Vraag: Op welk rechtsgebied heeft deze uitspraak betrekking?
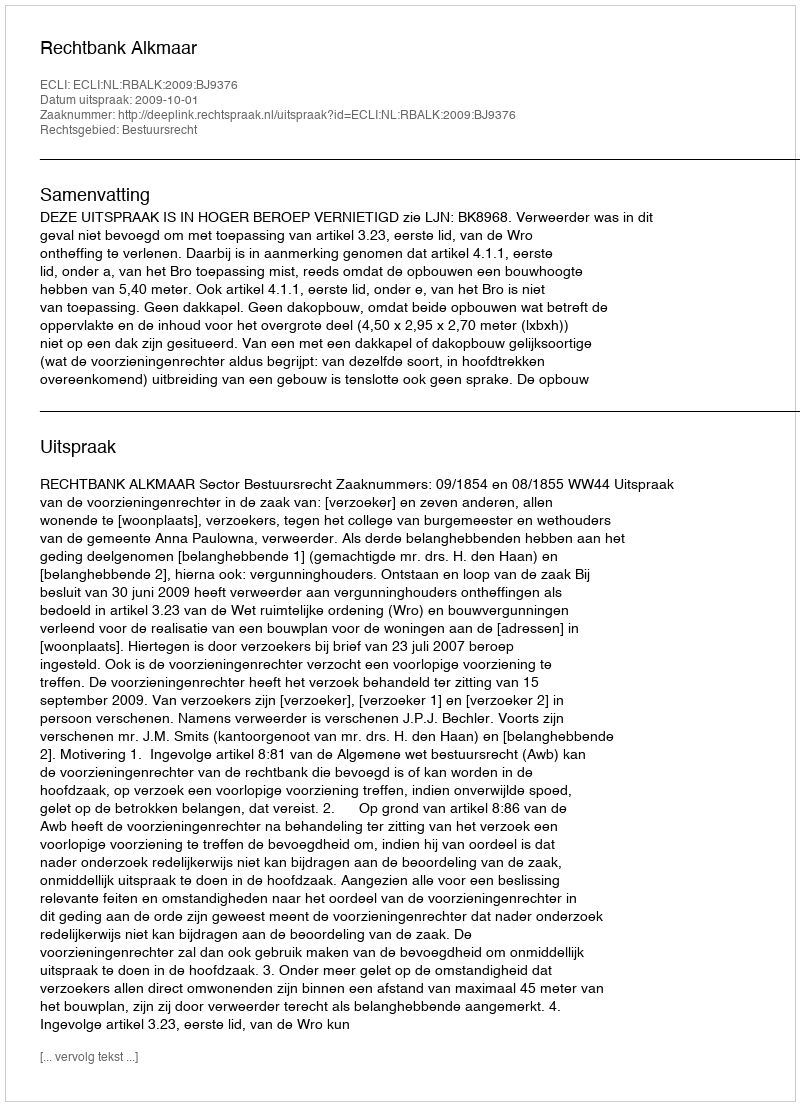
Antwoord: Bestuursrecht